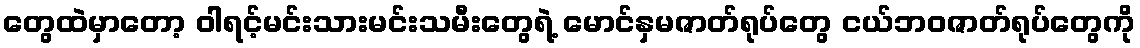
တွေထဲမှာတော့ ဝါရင့်မင်းသားမင်းသမီးတွေရဲ့ မောင်နှမဇာတ်ရုပ်တွေ ငယ်ဘဝဇာတ်ရုပ်တွေကို